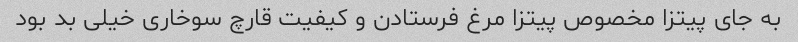
به جای پیتزا مخصوص پیتزا مرغ فرستادن و کیفیت قارچ سوخاری خیلی بد بود